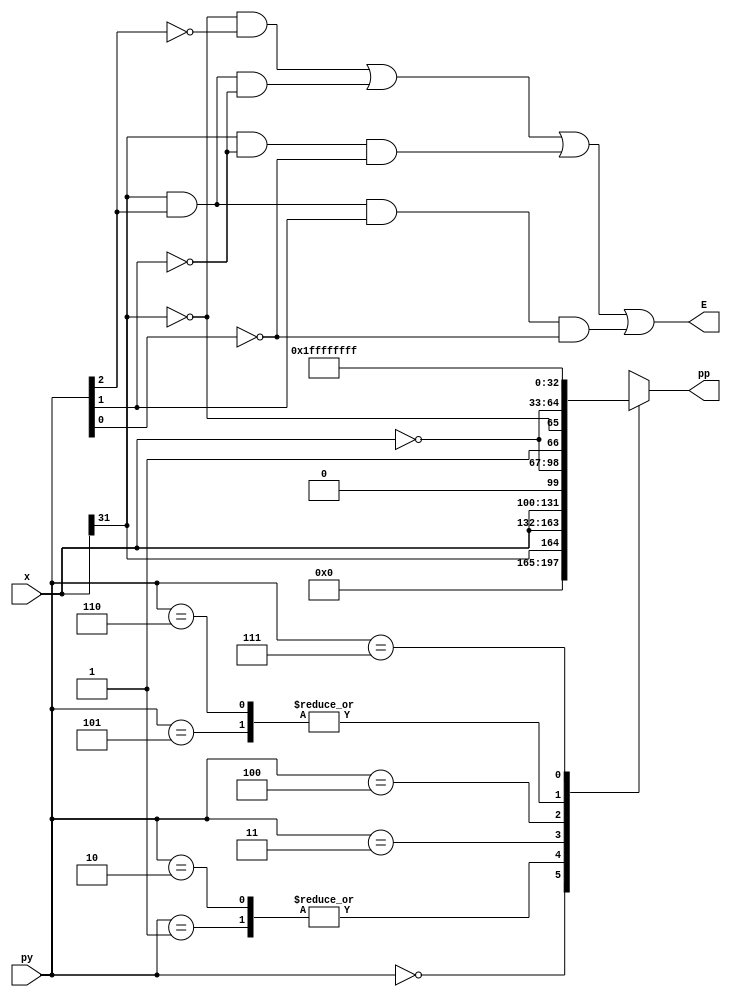
`timescale 1 ns / 10ps

//////////////////////////////////////////////////////////////////////////////////
// Company: Fudan University
// 
// Design Name: 
// Module Name: pp
// Project Name: mult
// Target Devices: 
// Tool Versions: 
// Description: 
//              a 32x32 multiplier with booth2 algorithm and jump wallace tree
//              pp generator
// Dependencies: 
// 
// Revision:
// Revision 0.01 - File Created
// Additional Comments:
// 
//////////////////////////////////////////////////////////////////////////////////

module pp(
    input wire [31 : 0] x,
    input wire [2 : 0] py,
    output reg [32 : 0] pp,
    output wire E
);

always @(x or py)
begin
  case(py[2:0])
    3'b000: begin  pp[32 : 0] = 33'd0;                      end 
    3'b001: begin  pp[32 : 0] = {x[31], x[31 : 0]};         end 
    3'b010: begin  pp[32 : 0] = {x[31], x[31 : 0]};          end 
    3'b011: begin  pp[32 : 0] = {x[31 : 0], 1'b0};          end
    3'b100: begin  pp[32 : 0] = {~x[31 : 0], 1'b1};          end 
    3'b101: begin  pp[32 : 0] = {~x[31], ~x[31 : 0]};        end 
    3'b110: begin  pp[32 : 0] = {~x[31], ~x[31 : 0]};        end 
    3'b111: begin  pp[32 : 0] = 33'h1ffffffff;               end 
   endcase 
end

assign E = ( (~x[31]) & (~py[2]) ) | ( x[31] & py[2] & (~py[1]) ) |  
                 ( x[31] & (~py[1]) & (~py[0]) ) | ( x[31] & py[2] & py[1] & (~py[0]) ); 

endmodule